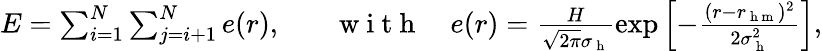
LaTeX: \begin{array}{r}{E=\sum_{i=1}^{N}\sum_{j=i+1}^{N}e(r),\ \ \ \ \ \ \ \mathrm{~w~i~t~h~}\ \ \ \ e(r)=\frac{H}{\sqrt{2\pi}\sigma_{\mathrm{~h~}}}\exp\left[-\frac{(r-r_{\mathrm{~h~m~}})^{2}}{2\sigma_{\mathrm{~h~}}^{2}}\right],}\end{array}